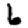
Digit: 6